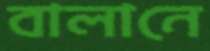
বালানে